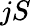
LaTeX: jS